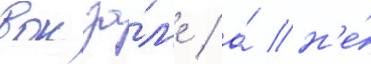
вокза́л'е / а́ н'е́